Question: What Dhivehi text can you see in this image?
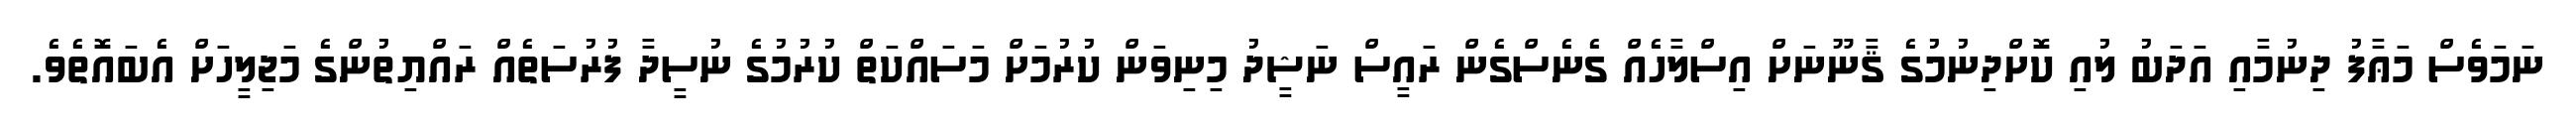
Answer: ނަމަވެސް މަޢާފު ދިނުމާއި އަދަބު ލުއި ކޮށްދިނުމުގެ ޤާނޫނަށް އިސްލާހެއް ގެނެސްގެން ރައީސް ނަޝީދު މިނިވަން ކުރުމަށް މަސައްކަތް ކުރުމުގެ ނުސީދާ ފުރުސަތެއް ރައްޔިތުންގެ މަޖިލީހަށް އެބައޮތެވެ.